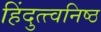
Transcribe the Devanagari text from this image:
हिंदुत्त्वनिष्ठ